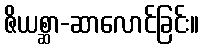
ဇိယစ္ဆာ-ဆာလောင်ခြင်း။